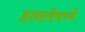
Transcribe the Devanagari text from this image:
हानलेमध्ये